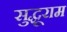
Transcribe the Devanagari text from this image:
सुद्धूराम